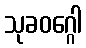
သုခဝဂ္ဂေါ